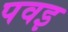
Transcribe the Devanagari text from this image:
पवइ